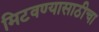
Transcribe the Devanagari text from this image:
मिटवण्यासाठीचा